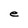
Character: e